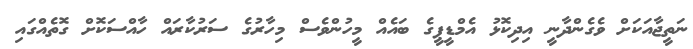
ނަތީޖާއަކަށް ވެގެންދާނީ އިދިކޮޅު އެމްޑީޕީގެ ބައެއް މީހުންވެސް މިހާރުގެ ސަރުކާރައް ހާއްސަކޮށް ގޮތެއްގައި